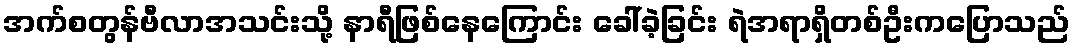
အက်စတွန်ဗီလာအသင်းသို့ နာရီဖြစ်နေကြောင်း ခေါ်ခဲ့ခြင်း ရဲအရာရှိတစ်ဦးကပြောသည်